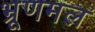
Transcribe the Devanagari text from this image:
भ्रूणमल